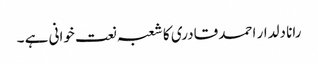
رانا دلدار احمد قادری کا شعبہ نعت خوانی ہے ۔